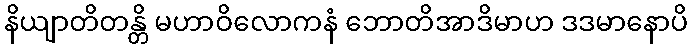
နိယျာတိတန္တိ မဟာဝိလောကနံ ဘောတိအာဒိမာဟ ဒဒမာနောပိ